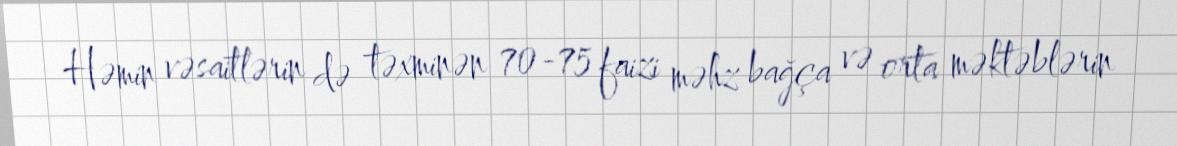
Həmin vəsaitlərin də təxminən 70-75 faizi məhz bağça və orta məktəblərin